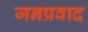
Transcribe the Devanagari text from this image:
जनप्रवाद